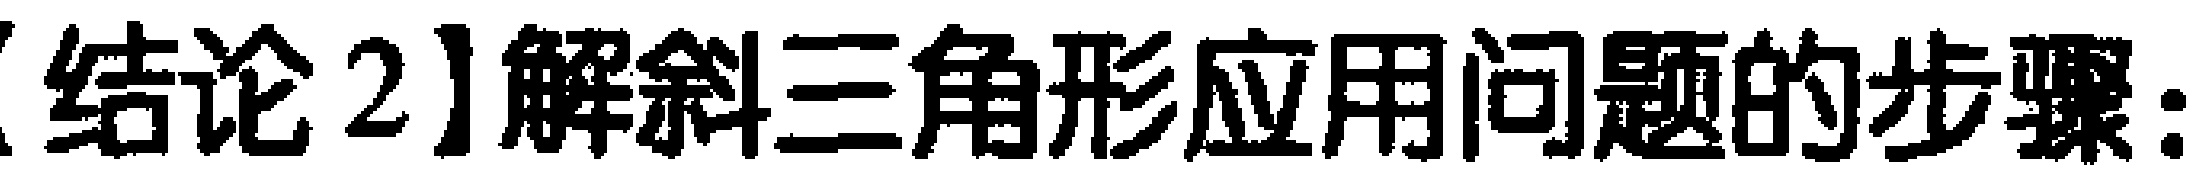
【结论2】解斜三角形应用问题的步骤：